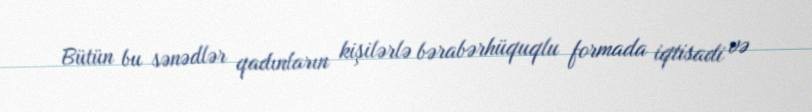
Bütün bu sənədlər qadınların kişilərlə bərabərhüquqlu formada iqtisadi və